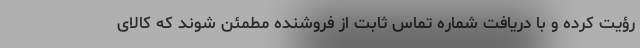
رؤیت کرده و با دریافت شماره تماس ثابت از فروشنده مطمئن شوند که کالای